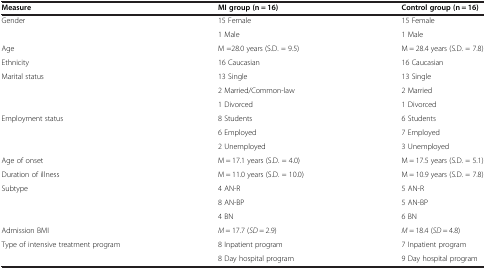
| Measure | MI group (n = 16) | Control group (n = 16) |
 | --- | --- | --- |
 | <ROWSPAN=2> Gender | 15 Female | 15 Female |
 | 1 Male | 1 Male |
 | Age | M =28.0 years (S.D. = 9.5) | M = 28.4 years (S.D. = 7.8) |
 | Ethnicity | 16 Caucasian | 16 Caucasian |
 | <ROWSPAN=3> Marital status | 13 Single | 13 Single |
 | 2 Married/Common-law | 2 Married |
 | 1 Divorced | 1 Divorced |
 | <ROWSPAN=3> Employment status | 8 Students | 6 Students |
 | 6 Employed | 7 Employed |
 | 2 Unemployed | 3 Unemployed |
 | Age of onset | M = 17.1 years (S.D. = 4.0) | M = 17.5 years (S.D. = 5.1) |
 | Duration of illness | M = 11.0 years (S.D. = 10.0) | M = 10.9 years (S.D. = 7.8) |
 | <ROWSPAN=3> Subtype | 4 AN-R | 5 AN-R |
 | 8 AN-BP | 5 AN-BP |
 | 4 BN | 6 BN |
 | Admission BMI | M = 17.7 (SD = 2.9) | M = 18.4 (SD = 4.8) |
 | Type of intensive treatment program | 8 Inpatient program | 7 Inpatient program |
 |  | 8 Day hospital program | 9 Day hospital program |